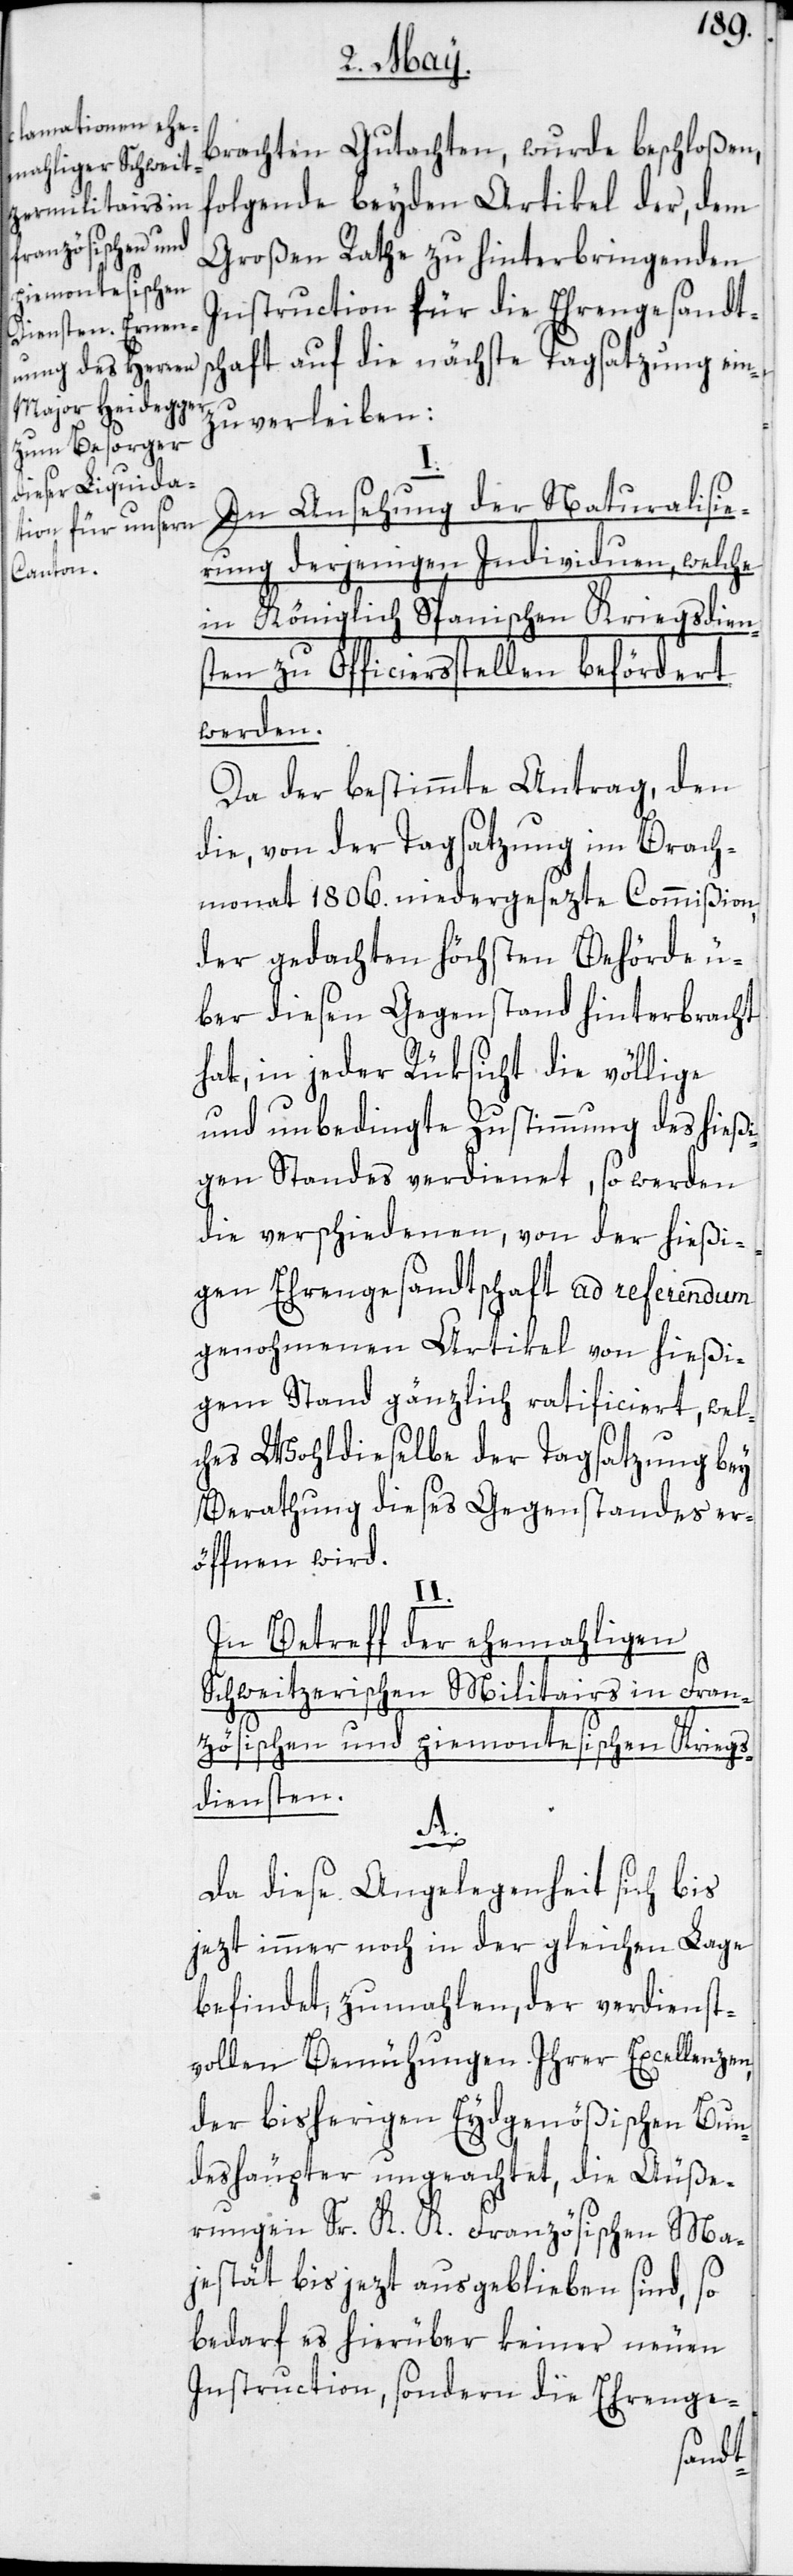
brachten Gutachten, wurde beschloßen,
folgende beyden Artikel der, dem
Großen Rathe zu hinterbringenden
Instruction für die Ehrengesandts¬
chaft auf die nächste Tagsatzung ein¬
zuverleiben:
In Ansehung der Naturalisie¬
rung derjenigen Individuen, welche
in Königlich Spanischen Kriegsdien¬
sten zu Officiersstellen befördert
werden.
Da der bestimmte Antrag, den
die, von der Tagsatzung im Brach¬
monat 1806. niedergesezte Commißion,
der gedachten höchsten Behörde ü¬
ber diesen Gegenstand hinterbracht
hat, in jeder Rüksicht die völlige
und unbedingte Zustimmung des hießi¬
gen Standes verdienet, so werden
die verschiedenen, von der hießi¬
gen Ehrengesandschaft ad referendum
genohmenen Artikel von hießi¬
gem Stand gänzlich ratificiert, wel¬
ches Wohldieselbe der Tagsatzung bey
Berathung dieses Gegenstandes er¬
öffnen wird.
II.
In Betreff der ehemahligen
Schweitzerischen Militairs in Fran¬
zösischen und piemontesischen Kriegs¬
diensten.
A.
Da diese Angelegenheit sich bis
jetzt immer noch in der gleichen Lage
befindet, zumahlen, der verdienst¬
vollen Bemühungen Ihrer Excellenzen,
der bisherigen Eydgenößischen Bun¬
deshäupter ungeachtet, die Äuße¬
rungen Sr. K. K. Französischen Ma¬
jestät bis jezt ausgeblieben sind, so
bedarf es hierüber keiner neuen
Instruction, sondern die Ehrenge-